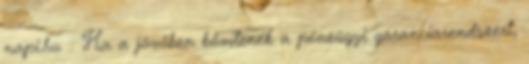
napi.hu :: Ha a jövőben bővítenék a pénzügyi garanciarendszert,